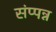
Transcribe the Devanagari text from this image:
संप्पन्न